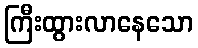
ကြီးထွားလာနေသော